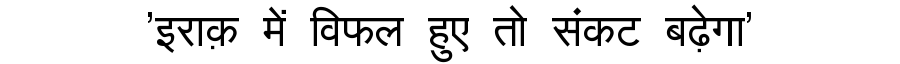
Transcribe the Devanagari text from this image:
'इराक़ में विफल हुए तो संकट बढ़ेगा'